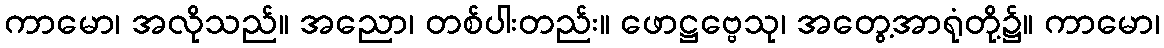
ကာမော၊ အလိုသည်။ အညော၊ တစ်ပါးတည်း။ ဖောဋ္ဌဗ္ဗေသု၊ အတွေ့အာရုံတို့၌။ ကာမော၊